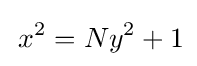
\,x^{2}=Ny^{2}+1